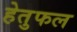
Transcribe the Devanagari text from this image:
हेतुफल